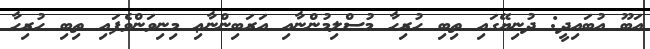
އަބޫ އުބައިދީ: ދުނިޔޭގައި ތިބި ހުރިހާ މުސްލިމުންނާއި އަރަބިންނާޢި މިނިވަންވެފައި ތިބި ހުރިހާ